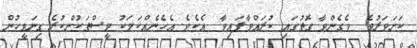
ކަށަވަރުވެ  ވެގެންވާ ގޮތުގައި ކުރައްވާފައިވާ  އެކެވެ. އެހެނެއްކަމަކު މީސްތަކުންކުރެ ގިނަމީހުން